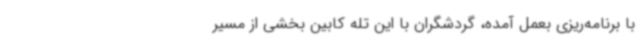
با برنامه‌ریزی‌ بعمل آمده، گردشگران با این تله کابین بخشی از مسیر